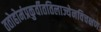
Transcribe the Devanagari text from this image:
ततोहोमंप्रकुर्वीततिलाज्येनविचक्षणः